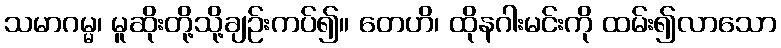
သမာဂမ္မ၊ မူဆိုးတို့သို့ချဉ်းကပ်၍။ တေဟိ၊ ထိုနဂါးမင်းကို ထမ်း၍လာသော